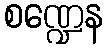
စဏ္ဍေန